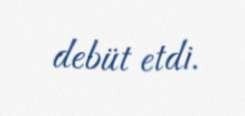
debüt etdi.